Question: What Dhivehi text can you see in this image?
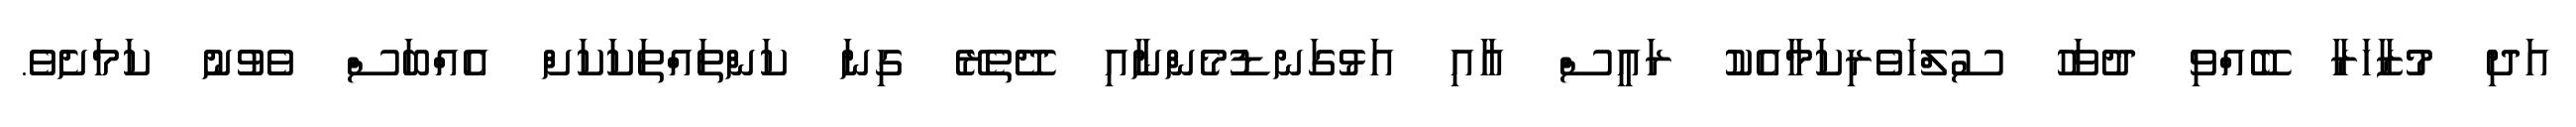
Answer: އަދި މުޒާހަރާ ބޭއްވި ދުވަހު ސުލްހަވެރިކަމާއެކު ރައީސް އާއި އަޅުގަނޑުމެންނާއި ދޭތެރޭ ގިނަ ކަންތައްތަކަކަށް އެއްބަސް ވެވުނު ކަމަށެވެ.